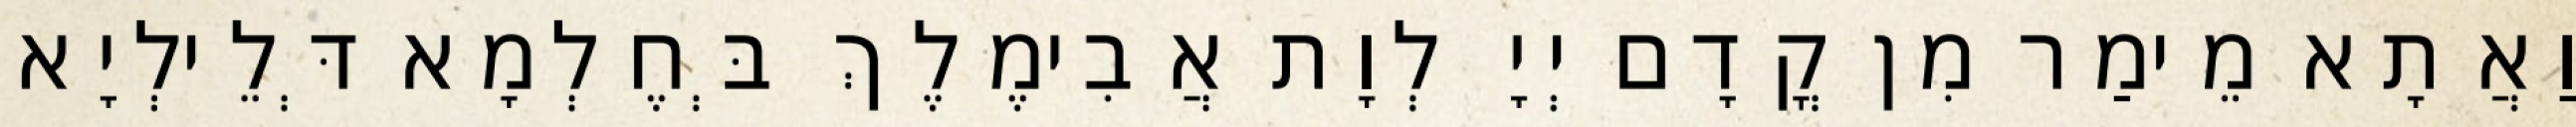
וַאֲתָא מֵימַר מִן קֳדָם יְיָ לְוָת אֲבִימֶלֶךְ בְּחֶלְמָא דְּלֵילְיָא